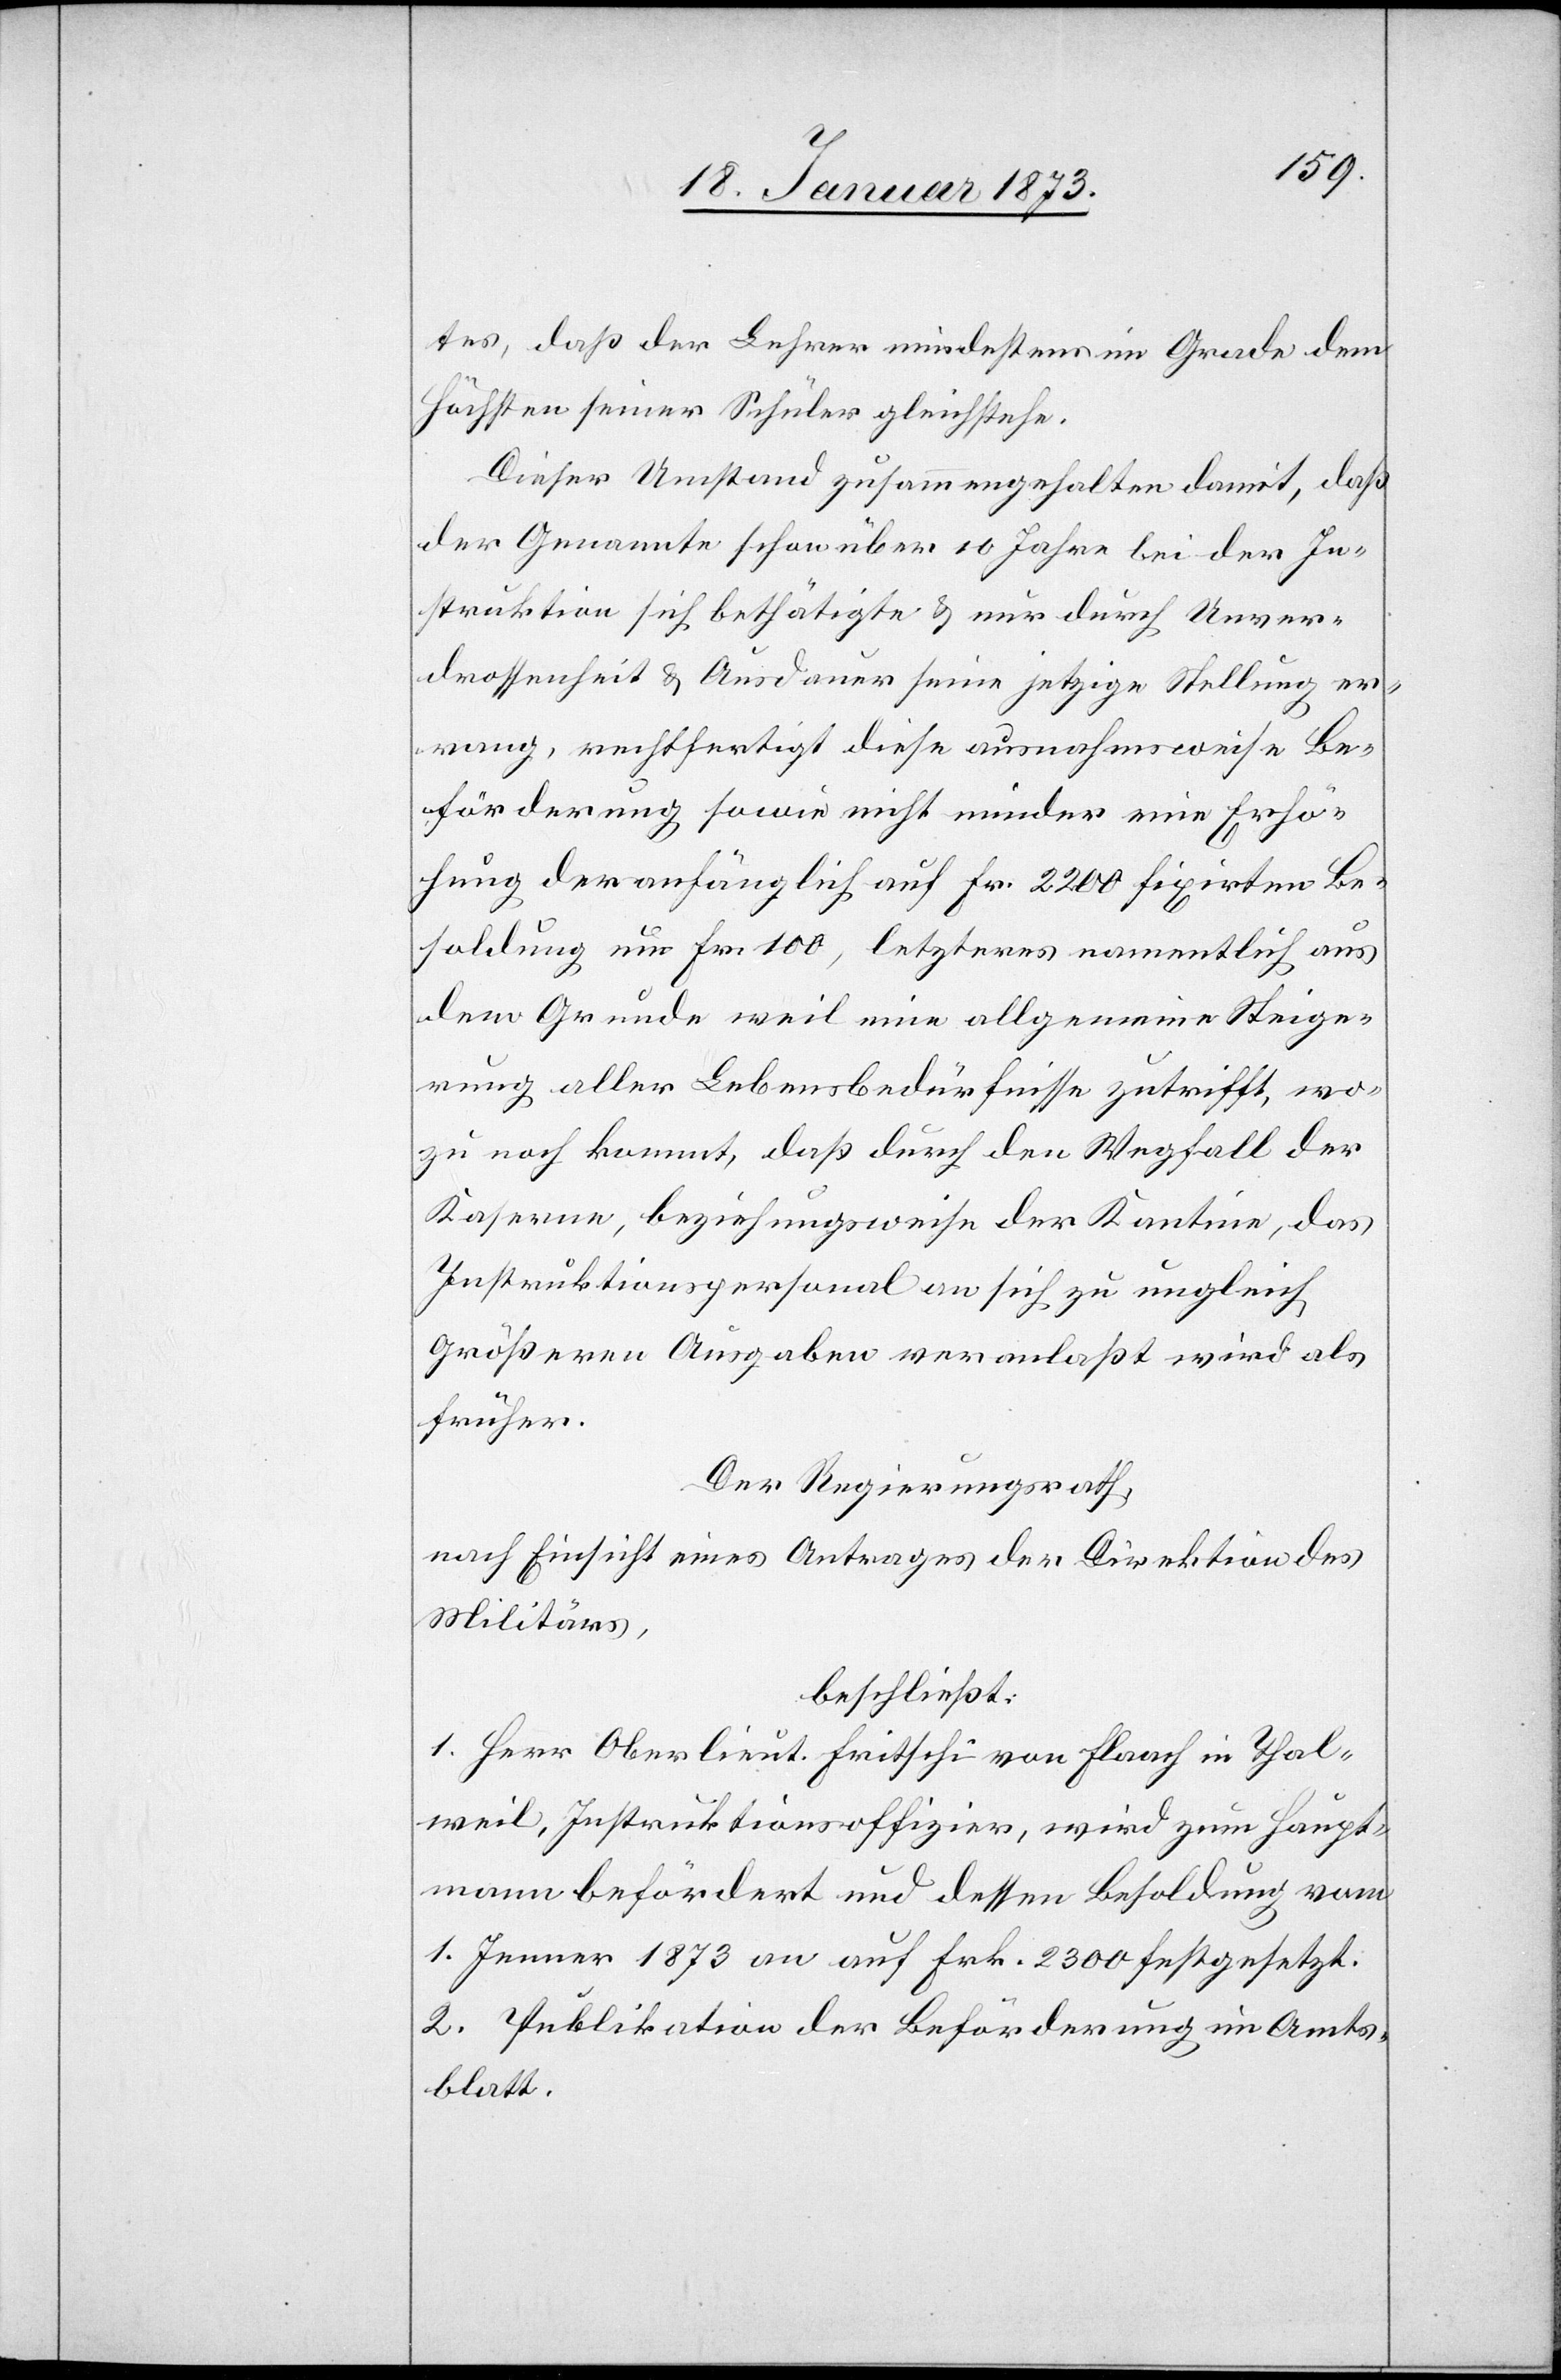
tes, daß der Lehrer mindestens im Grade dem
Höchsten seiner Schüler gleichstehe.
Dieser Umstand zusammengehalten damit, daß
der Genannte schon über 10 Jahre bei der In¬
struktion sich bethätigte u. nur durch Unver¬
drossenheit u. Ausdauer seine jetzige Stellung er¬
rang, rechtfertigt diese ausnahmsweise Be¬
förderung sowie nicht minder eine Erhö¬
hung der anfänglich auf Fr. 2200 fixirten Be¬
soldung um Fr. 100, letzteres namentlich aus
dem Grunde weil eine allgemeine Steige¬
rung aller Lebensbedürfnisse zutrifft, wo¬
zu noch kommt, daß durch den Wegfall der
Kasernen, beziehungsweise der Kantine, das
Instruktionspersonal an sich zu ungleich
größeren Ausgaben veranlaßt wird als
früher.
Der Regierungsrath,
nach Einsicht eines Antrages der Direktion des
Militärs,
beschließt:
1. Herr Oberlieut. Fritschi von Flaach in Thal¬
weil, Instruktionsoffizier, wird zum Haupt¬
mann befördert und dessen Besoldung vom
1. Jenner 1873 an auf Frk. 2300 festgesetzt.
2. Publikation der Beförderung im Amts¬
blatt.